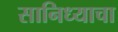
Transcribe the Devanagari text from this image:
सानिध्याचा